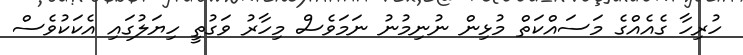
ހުރިހާ ގެއެއްގެ މަސައްކަތް މުޅިން ނުނިމުނު ނަމަވެސް މިހާރު ވަގުތީ ހިޔަލުގައި އެކަކުވެސް